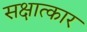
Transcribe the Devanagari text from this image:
सक्षात्कार